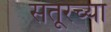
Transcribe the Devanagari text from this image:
संतूरच्या